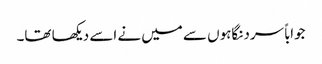
جواباً سرد نگاہوں سے میں نے اسے دیکھا تھا۔